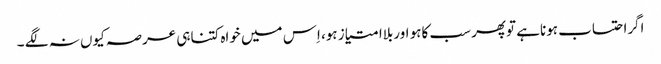
اگراحتساب ہوناہے توپھر سب کاہو اوربلاامتیاز ہو، اِس میں خواہ کتناہی عرصہ کیوں نہ لگے ۔